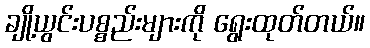
ချို့ယွင်းပစ္စည်းများကို ရွေးထုတ်တယ်။